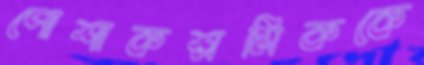
পোশাকশ্রমিককে